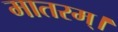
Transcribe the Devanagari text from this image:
मातरम्‌।